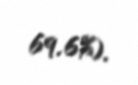
69.6%).